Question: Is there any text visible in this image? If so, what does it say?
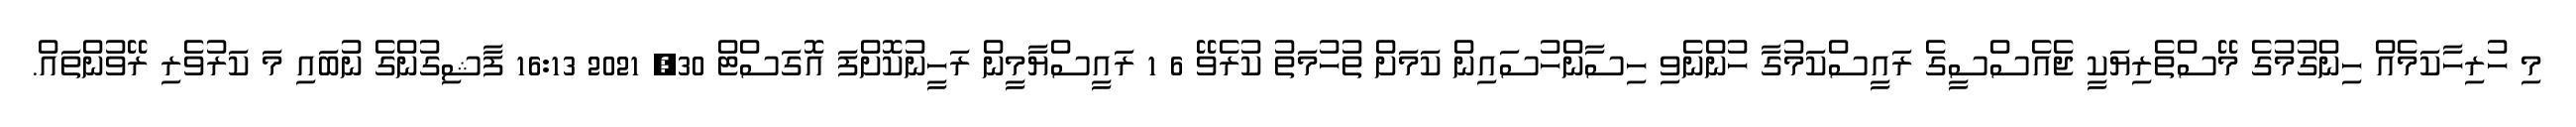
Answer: މި ހުރިހާކަމެއް ހިންގުމުގެ މޭސްތެރިޔަކީ ޖެއެސްސީގެ ރައީސްކަމުގާ ހުންނެވި ހިސާންހުސައިން ކަމަށް ތުހުމަތު ކުރެވޭ 6 1 ރައީސްޔާމީން ރަހީނުކޮށްފަ އޮގަސްޓް 30, 2021 16:13 ފާޝިގުންގެ ނުބައި މަ ކަރުވެރި ރޭވުންތައް.